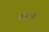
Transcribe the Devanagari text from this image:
लोहनी